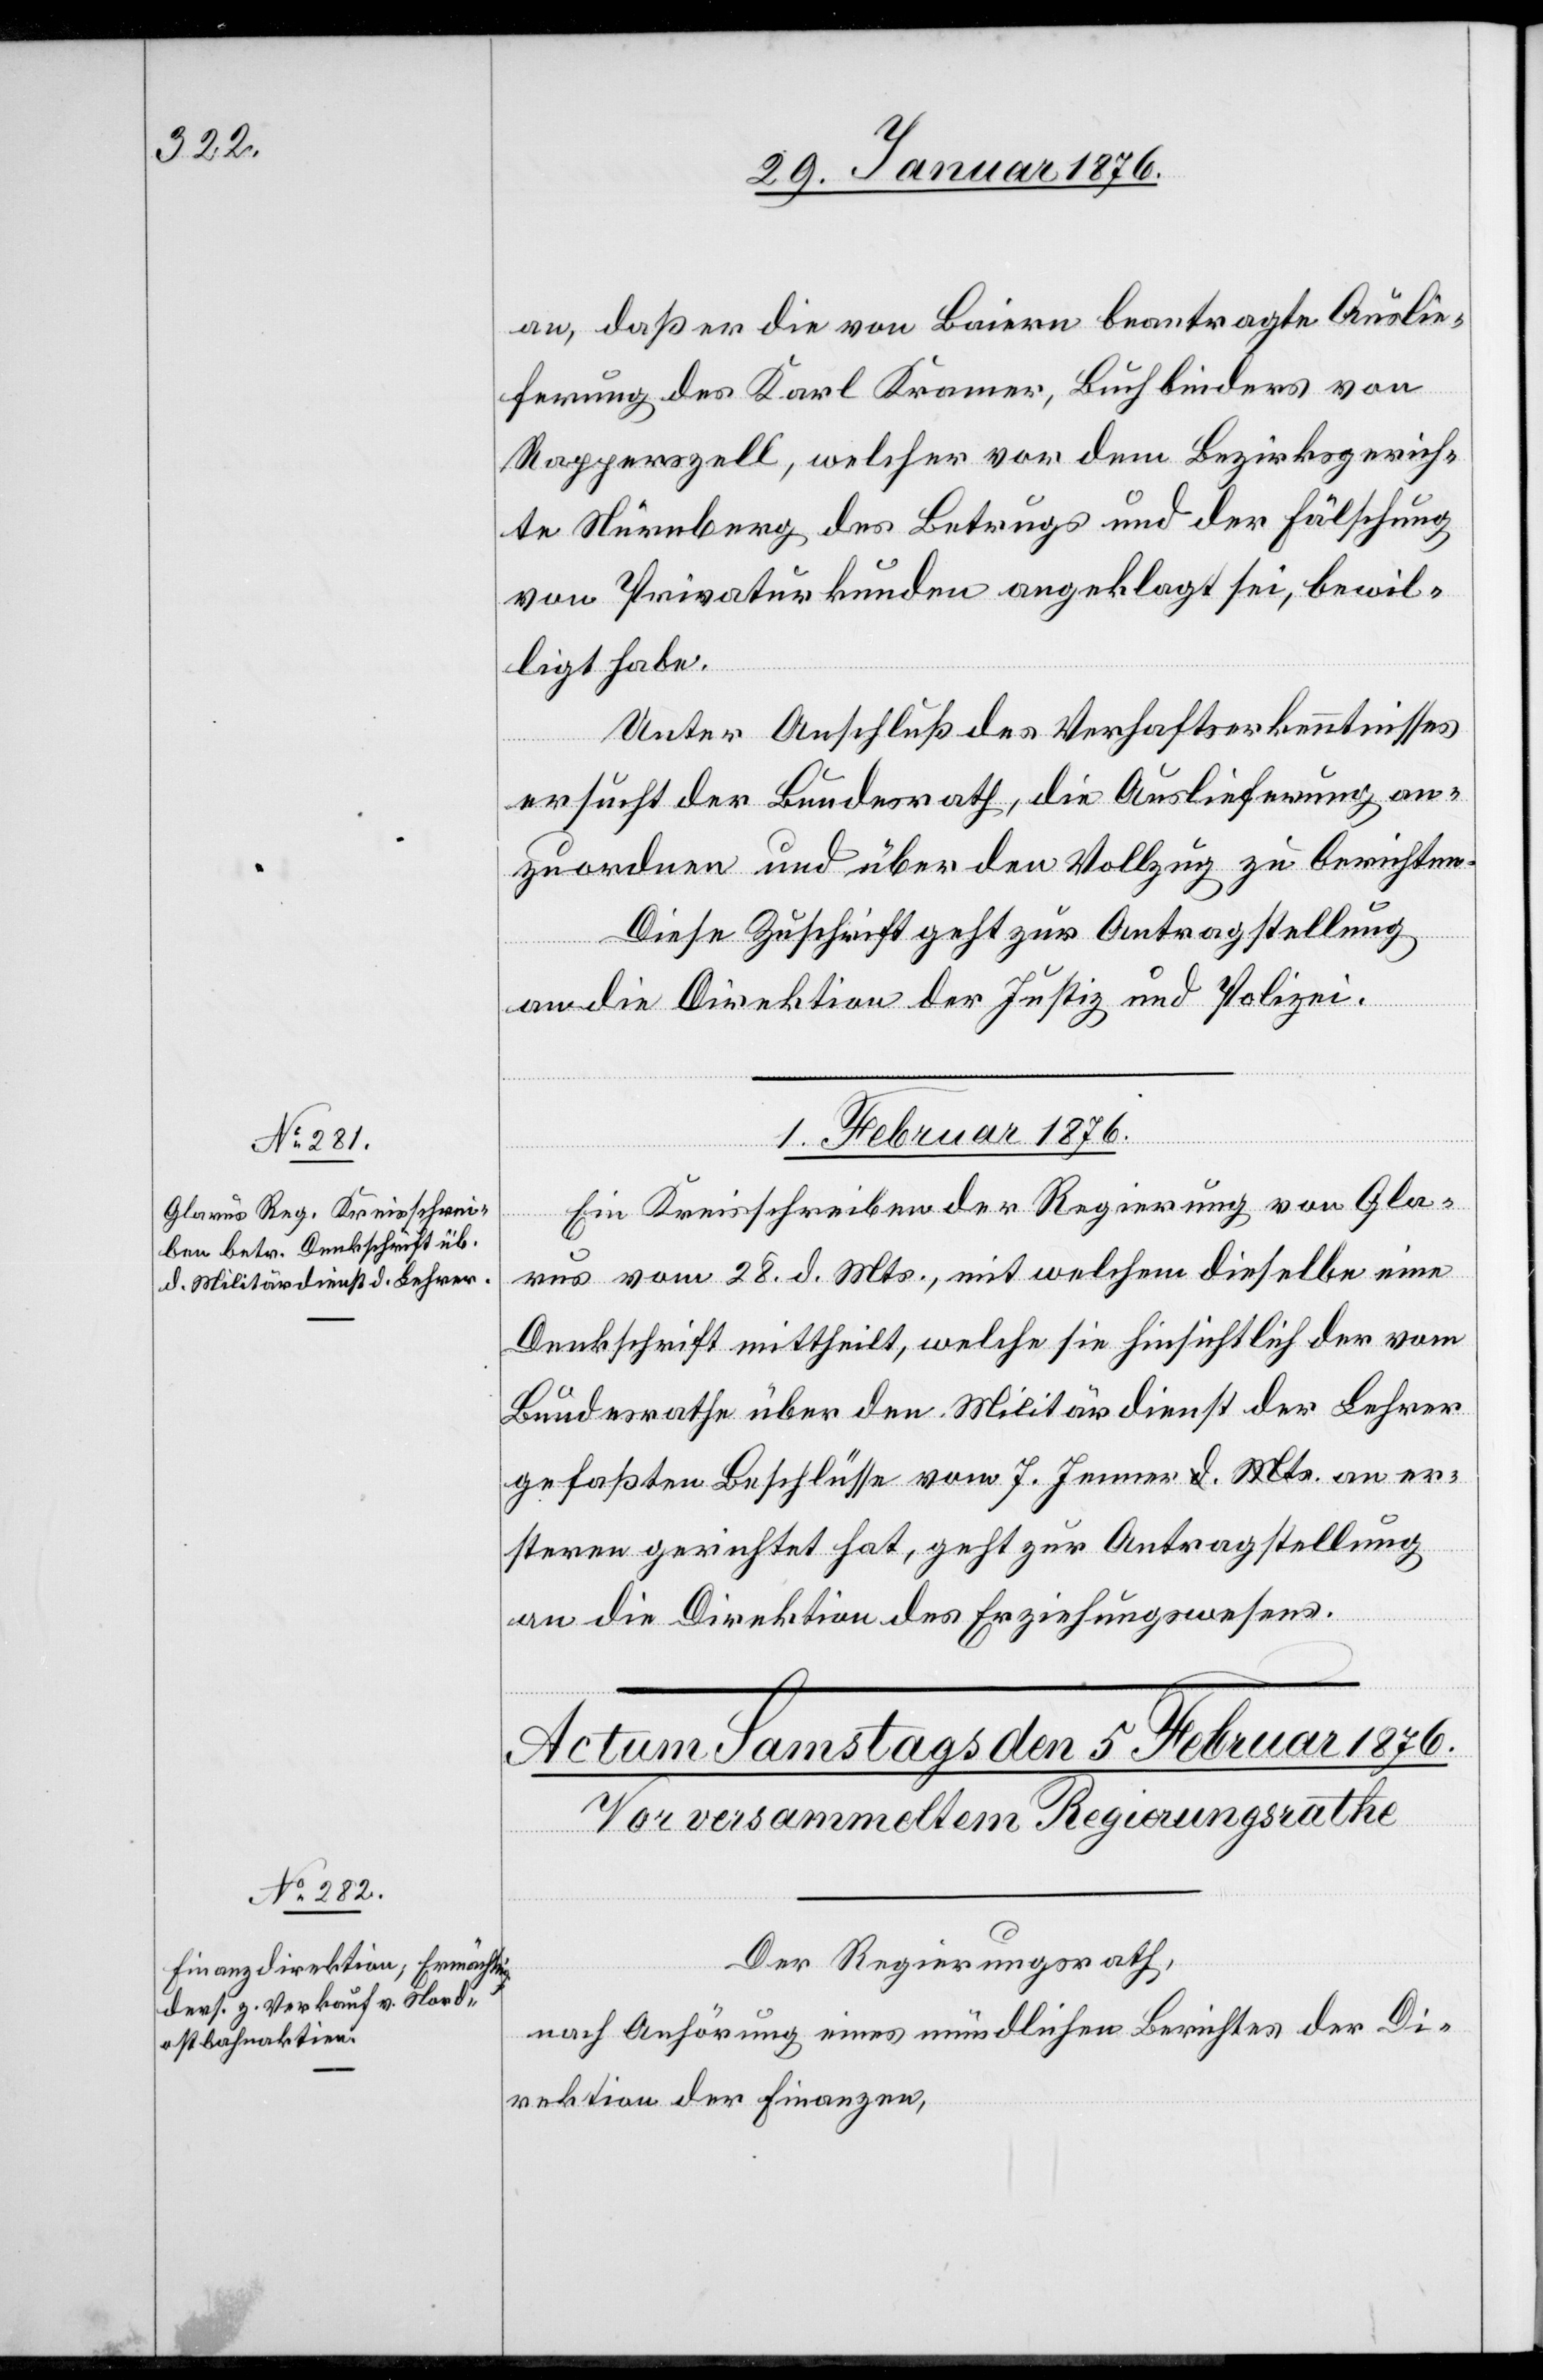
an, daß er die von Baiern beantragte Auslie¬
ferung des Karl Kramer, Buchbinder von
Rapperszell, welcher vor dem Bezirksgerich¬
te Nürnberg des Betrugs und der Fälschung
von Privaturkunden angeklagt sei, bewil¬
ligt habe.
Unter Anschluß des Verhaftserkenntnisses
ersucht der Bundesrath, die Auslieferung an¬
zuordnen und über den Vollzug zu berichten.
Diese Zuschrift geht zur Antragstellung
an die Direktion der Justiz und Polizei.
1. Februar 1876
Ein Kreisschreiben der Regierung von Gla¬
rus vom 28. d. Mts., mit welchem dieselbe eine
Denkschrift mittheilt, welche sie hinsichtlich der vom
Bundesrathe über den Militärdienst der Lehrer
gefaßten Beschlüsse vom 7. Jenner an er¬
steren gerichtet hat, geht zur Antragstellung
an die Direktion des Erziehungswesens.
Der Regierungsrath,
nach Anhörung eines mündlichen Berichtes der Di¬
rektion der Finanzen,